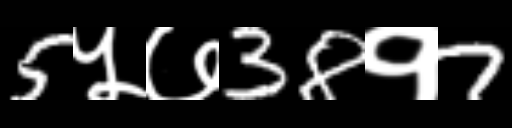
Text: 5५७38१7